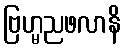
ဗြဟ္မညဖလာနိ